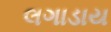
લગાડાય